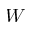
W